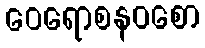
ဝေရောစနဝစော